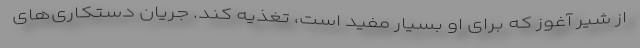
از شیر آغوز که برای او بسیار مفید است، تغذیه کند. جریان دستکاری‌های